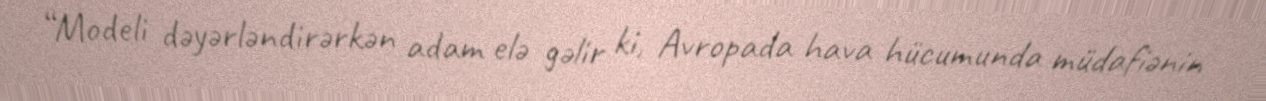
“Modeli dəyərləndirərkən adam elə gəlir ki, Avropada hava hücumunda müdafiənin